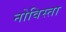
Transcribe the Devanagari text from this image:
नोविस्ता